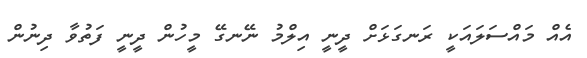
އެއް މައްސަލައަކީ ރަނގަޅަށް ދީނީ އިލްމު ނޭނގޭ މީހުން ދީނީ ފަތުވާ ދިނުން